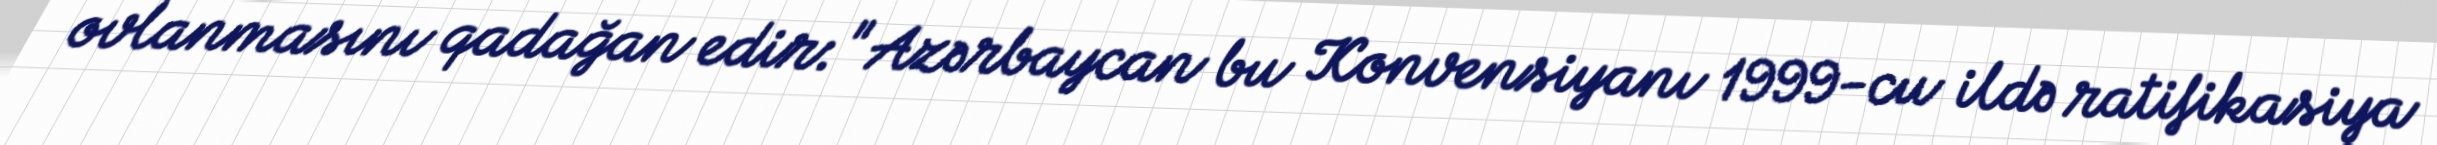
ovlanmasını qadağan edir: "Azərbaycan bu Konvensiyanı 1999-cu ildə ratifikasiya